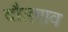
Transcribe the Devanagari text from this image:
दौडगाव